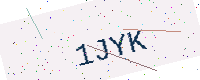
Text: 1JYK